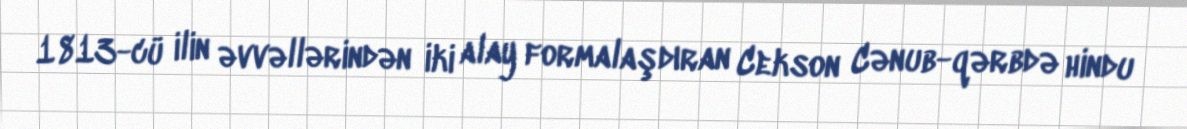
1813-cü ilin əvvəllərindən iki alay formalaşdıran Cekson Cənub-qərbdə hindu